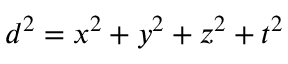
d ^ { 2 } = x ^ { 2 } + y ^ { 2 } + z ^ { 2 } + t ^ { 2 }